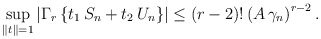
\begin{align*}\sup_{\left\| t\right\| =1}\left| \Gamma _{r}\left\{t_{1}\,S_{n}+t_{2}\,U_{n}\right\} \right| \leq \left( r-2\right) !\left(A\,\gamma _{n}\right) ^{r-2}. \end{align*}